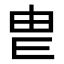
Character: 𤰣